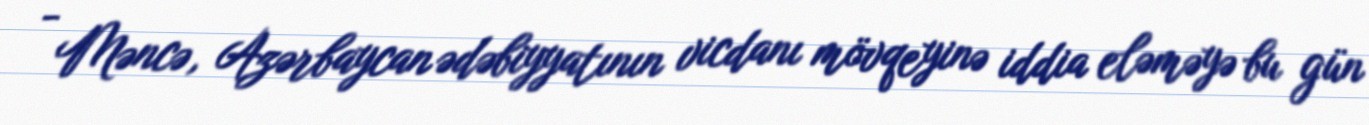
- Məncə, Azərbaycan ədəbiyyatının vicdanı mövqeyinə iddia eləməyə bu gün